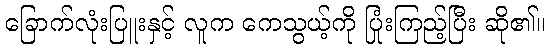
ခြောက်လုံးပြူးနှင့် လူက ကေသွယ့်ကို ပြုံးကြည့်ပြီး ဆို၏။